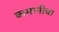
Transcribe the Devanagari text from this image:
कमानीचा